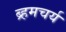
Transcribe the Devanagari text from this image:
ब्र्हमचर्य